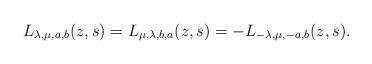
LaTeX: \begin{align*}L_{\lambda,\mu,a,b}(z,s) =L_{\mu,\lambda,b,a}(z,s) =-L_{-\lambda,\mu,-a,b}(z,s).\end{align*}